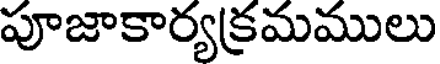
పూజాకార్యక్రమములు